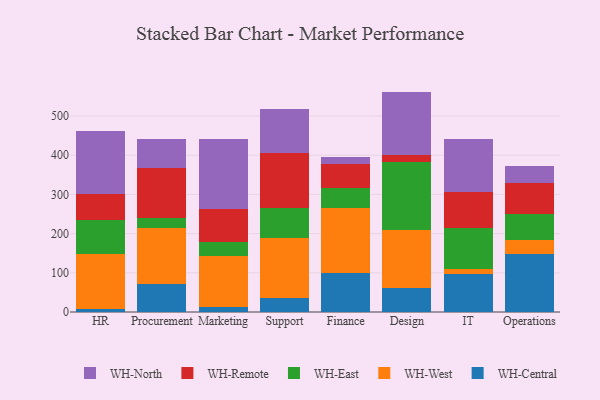
{"axis": {"x": "Department", "y": "Conversion Rate (%)"}, "legend": ["WH-Central", "WH-East", "WH-North", "WH-Remote", "WH-West"], "data": [{"x": "HR", "y": 6.6, "type": "WH-Central"}, {"x": "HR", "y": 141.9, "type": "WH-West"}, {"x": "HR", "y": 85.8, "type": "WH-East"}, {"x": "HR", "y": 67.2, "type": "WH-Remote"}, {"x": "HR", "y": 160.6, "type": "WH-North"}, {"x": "Procurement", "y": 71.6, "type": "WH-Central"}, {"x": "Procurement", "y": 142.6, "type": "WH-West"}, {"x": "Procurement", "y": 26.5, "type": "WH-East"}, {"x": "Procurement", "y": 127.5, "type": "WH-Remote"}, {"x": "Procurement", "y": 74.4, "type": "WH-North"}, {"x": "Marketing", "y": 12.0, "type": "WH-Central"}, {"x": "Marketing", "y": 131.4, "type": "WH-West"}, {"x": "Marketing", "y": 34.3, "type": "WH-East"}, {"x": "Marketing", "y": 86.0, "type": "WH-Remote"}, {"x": "Marketing", "y": 177.9, "type": "WH-North"}, {"x": "Support", "y": 35.0, "type": "WH-Central"}, {"x": "Support", "y": 155.1, "type": "WH-West"}, {"x": "Support", "y": 76.0, "type": "WH-East"}, {"x": "Support", "y": 140.9, "type": "WH-Remote"}, {"x": "Support", "y": 112.1, "type": "WH-North"}, {"x": "Finance", "y": 100.2, "type": "WH-Central"}, {"x": "Finance", "y": 165.5, "type": "WH-West"}, {"x": "Finance", "y": 51.4, "type": "WH-East"}, {"x": "Finance", "y": 61.6, "type": "WH-Remote"}, {"x": "Finance", "y": 15.9, "type": "WH-North"}, {"x": "Design", "y": 61.1, "type": "WH-Central"}, {"x": "Design", "y": 148.1, "type": "WH-West"}, {"x": "Design", "y": 174.8, "type": "WH-East"}, {"x": "Design", "y": 17.9, "type": "WH-Remote"}, {"x": "Design", "y": 160.6, "type": "WH-North"}, {"x": "IT", "y": 97.6, "type": "WH-Central"}, {"x": "IT", "y": 11.5, "type": "WH-West"}, {"x": "IT", "y": 104.2, "type": "WH-East"}, {"x": "IT", "y": 94.2, "type": "WH-Remote"}, {"x": "IT", "y": 134.6, "type": "WH-North"}, {"x": "Operations", "y": 148.6, "type": "WH-Central"}, {"x": "Operations", "y": 34.4, "type": "WH-West"}, {"x": "Operations", "y": 68.4, "type": "WH-East"}, {"x": "Operations", "y": 78.5, "type": "WH-Remote"}, {"x": "Operations", "y": 43.6, "type": "WH-North"}]}